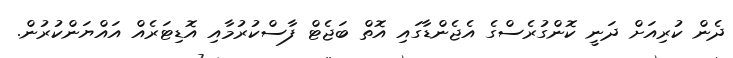
ދެން ކުރިއަށް ދަނީ ކޮންގުރެސްގެ އެޖެންޑާގައި އޮތް ބަޖެޓް ފާސްކުރުމާއި އޮޑިޓަރެއް އައްޔަންކުރުން.